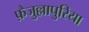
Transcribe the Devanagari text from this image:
फ़ैजुल्लापुरिया